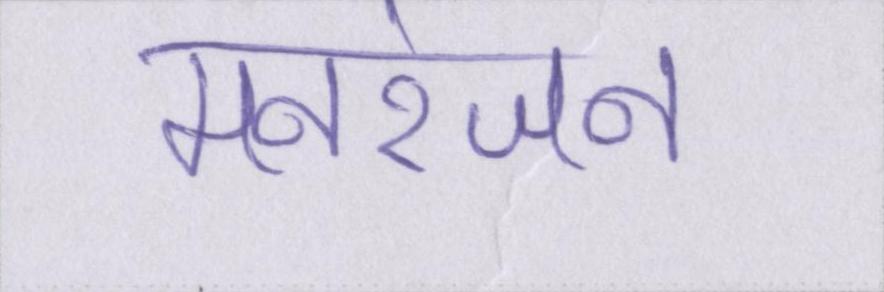
मनरंजन